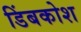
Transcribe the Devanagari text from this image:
डिंबकोश